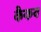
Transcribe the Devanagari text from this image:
कैकय